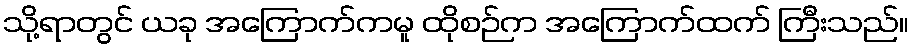
သို့ရာတွင် ယခု အကြောက်ကမူ ထိုစဉ်က အကြောက်ထက် ကြီးသည်။